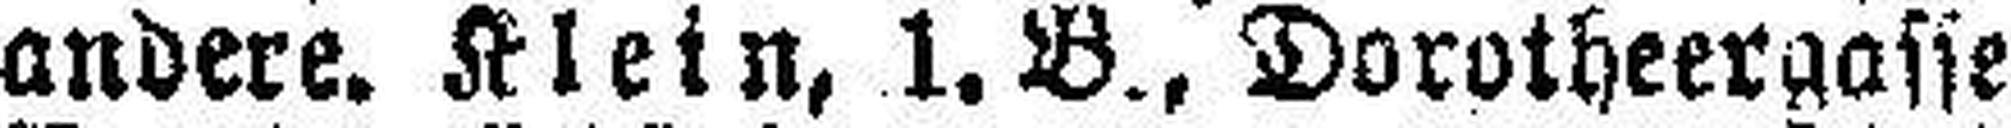
andere. Klein, 1.B., Dorotheergasse